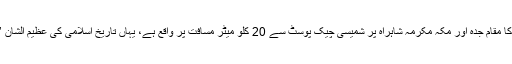
خیال رہے کہ ’حدیبیہ‘ کا مقام جدہ اور مکہ مکرمہ شاہراہ پر شمیسی چیک پوسٹ سے 20 کلو میٹر مسافت پر واقع ہے، یہاں تاریخ اسلامی کی عظیم الشان ’صلح حدیبیہ‘ ہوئی تھی۔